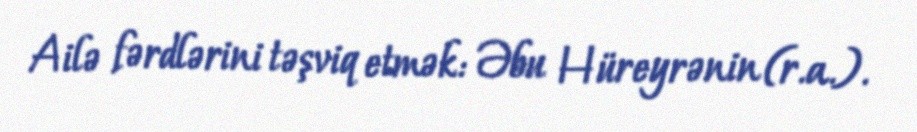
Ailə fərdlərini təşviq etmək: Əbu Hüreyrənin (r.a.).